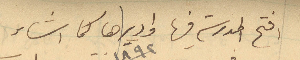
افتح المدرسة فيها واديرها كما اشاء